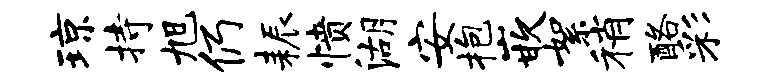
琼持旭仍耨愤湖安抱嵌絮稍酪彩